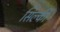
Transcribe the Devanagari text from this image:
सिल्की